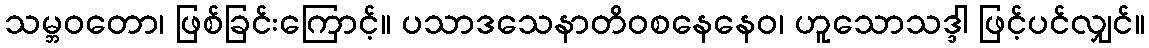
သမ္ဘဝတော၊ ဖြစ်ခြင်းကြောင့်။ ပသာဒသေနာတိဝစနေနေဝ၊ ဟူသောသဒ္ဒါ ဖြင့်ပင်လျှင်။